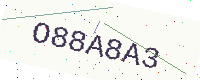
Text: O88A8A3